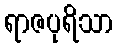
ရာဇပုရိသာ